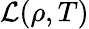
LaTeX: \mathcal{L}\! \left(\rho,T\right)